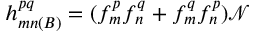
h _ { m n ( B ) } ^ { p q } = ( f _ { m } ^ { p } f _ { n } ^ { q } + f _ { m } ^ { q } f _ { n } ^ { p } ) \mathcal { N }